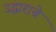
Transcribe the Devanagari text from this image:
उद्धाराचे